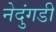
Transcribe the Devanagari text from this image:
नेदुंगडी